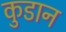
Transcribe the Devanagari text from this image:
कुडान